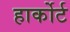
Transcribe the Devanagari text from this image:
हार्कोर्ट